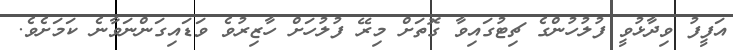
އަފީފު ވިދާޅުވީ ފުލުހުންގެ ޗިޓުގައިވާ ގޮތަށް މިރޭ ފުލުހަށް ހާޒިރުވެ ވަޑައިގަންނަވާނެ ކަމަށެވެ.